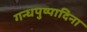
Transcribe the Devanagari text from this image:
गन्धपुष्पादिना